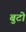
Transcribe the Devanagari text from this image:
बुटो